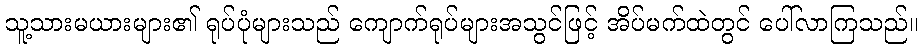
သူ့သားမယားများ၏ ရုပ်ပုံများသည် ကျောက်ရုပ်များအသွင်ဖြင့် အိပ်မက်ထဲတွင် ပေါ်လာကြသည်။